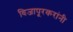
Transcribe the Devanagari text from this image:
विजापूरकरांनी